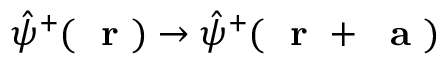
\hat { \psi } ^ { + } ( \mathrm { ~ \bf ~ r ~ } ) \to \hat { \psi } ^ { + } ( \mathrm { ~ \bf ~ r ~ } + \mathrm { ~ \bf ~ a ~ } )